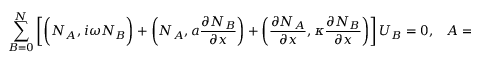
\sum _ { B = 0 } ^ { N } \left[ \bigg ( N _ { A } , i \omega N _ { B } \bigg ) + \left( N _ { A } , a \frac { \partial N _ { B } } { \partial x } \right) + \left( \frac { \partial N _ { A } } { \partial x } , \kappa \frac { \partial N _ { B } } { \partial x } \right) \right] U _ { B } = 0 , \; \; \; A = 1 , \cdots N - 1 .